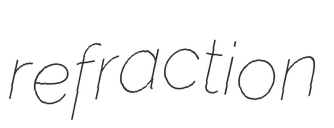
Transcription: refraction